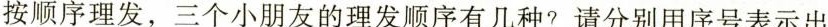
按顺序理发，三个小朋友的理发顺序有几种?请分别用序号表示出